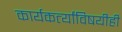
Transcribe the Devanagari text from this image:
कार्यकर्त्यांविषयीही